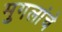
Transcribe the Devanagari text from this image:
मुगलांचे